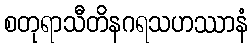
စတုရာသီတိနဂရသဟဿာနံ